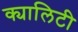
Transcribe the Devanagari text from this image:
क्यालिटी